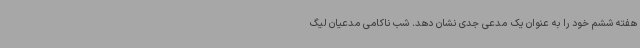
هفته ششم خود را به عنوان یک مدعی جدی نشان دهد. شب ناکامی مدعیان لیگ